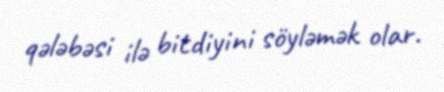
qələbəsi ilə bitdiyini söyləmək olar.